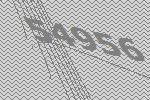
54956